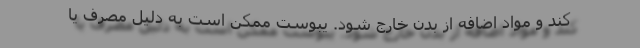
کند و مواد اضافه از بدن خارج شود. یبوست ممکن است به دلیل مصرف یا